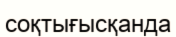
соқтығысқанда